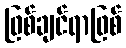
ဖြစ်ချင်ရာဖြစ်